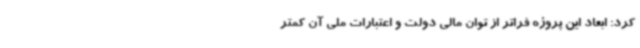
کرد: ابعاد این پروژه فراتر از توان مالی دولت و اعتبارات ملی آن کمتر